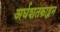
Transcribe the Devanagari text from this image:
अर्धशतकाहून